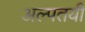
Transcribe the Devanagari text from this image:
अल्पतयी